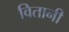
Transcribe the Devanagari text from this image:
वितानी